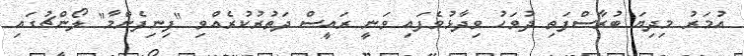
އުމަރު މިދިޔަ ބުރާސްފަތި ދުވަހު ވިދާޅުވެފައި ވަނީ ރައީސް ދަތުރުކުރެއްވި "ފިނިފެންމާ" ލޯންޗުގައި